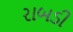
રાબડી